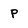
Character: P